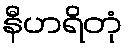
နီဟရိတုံ